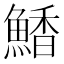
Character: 𮬀